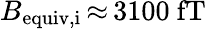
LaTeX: B_{\mathrm{equiv,i}}\, {\approx}\, 3100~\mathrm{fT}